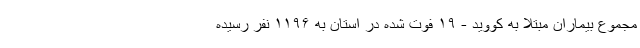
مجموع بیماران مبتلا به کووید - ۱۹ فوت شده در استان به ۱۱۹۶ نفر رسیده